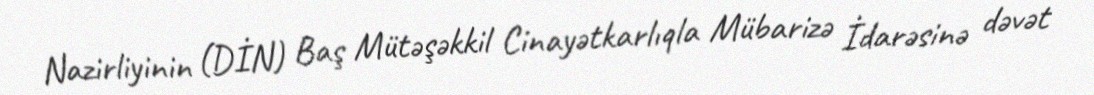
Nazirliyinin (DİN) Baş Mütəşəkkil Cinayətkarlıqla Mübarizə İdarəsinə dəvət